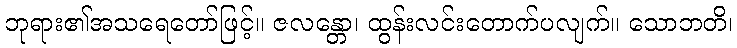
ဘုရား၏အသရေတော်ဖြင့်။ ဇလန္တော၊ ထွန်းလင်းတောက်ပလျက်။ သောဘတိ၊